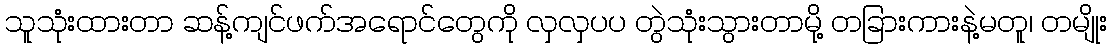
သူသုံးထားတာ ဆန့်ကျင်ဖက်အရောင်တွေကို လှလှပပ တွဲသုံးသွားတာမို့ တခြားကားနဲ့မတူ၊ တမျိုး